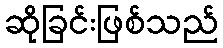
ဆိုခြင်းဖြစ်သည်